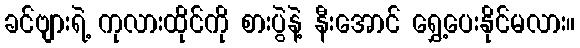
ခင်ဗျားရဲ့ ကုလားထိုင်ကို စားပွဲနဲ့ နီးအောင် ရွှေ့ပေးနိုင်မလား။